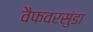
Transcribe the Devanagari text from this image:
वैफवरसुंडा